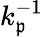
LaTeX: k_{\mathfrak{p}}^{-1}